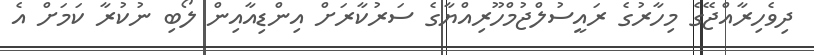
ދިވެހިރާއްޖޭގެ މިހާރުގެ ރައީސުލްޖުމްހޫރިއްޔާގެ ސަރުކާރަށް އިންޑިއާއިން ލޯބި ނުކުރާ ކަމަށް އެ